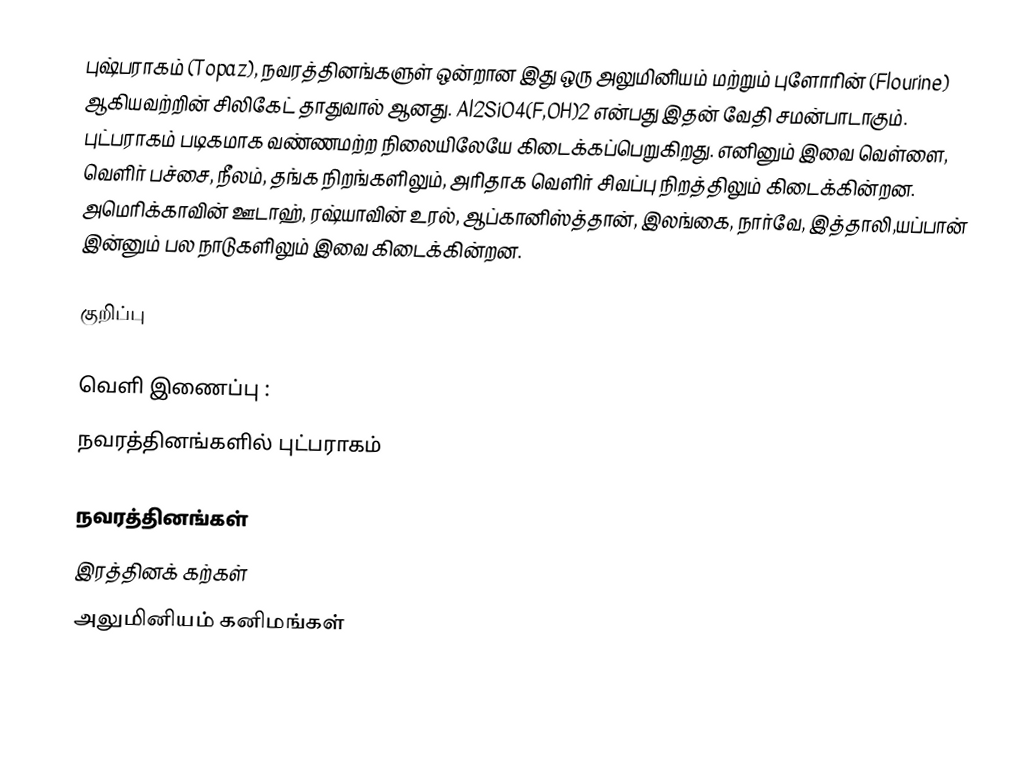
புஷ்பராகம் (Topaz), நவரத்தினங்களுள் ஒன்றான இது ஒரு அலுமினியம் மற்றும் புளோரின் (Flourine) ஆகியவற்றின் சிலிகேட் தாதுவால் ஆனது.  Al2SiO4(F,OH)2 என்பது இதன் வேதி சமன்பாடாகும். புட்பராகம் படிகமாக வண்ணமற்ற நிலையிலேயே கிடைக்கப்பெறுகிறது. எனினும் இவை வெள்ளை, வெளிர் பச்சை, நீலம், தங்க நிறங்களிலும், அரிதாக வெளிர் சிவப்பு நிறத்திலும் கிடைக்கின்றன. அமெரிக்காவின் ஊடாஹ், ரஷ்யாவின் உரல், ஆப்கானிஸ்த்தான், இலங்கை, நார்வே, இத்தாலி,யப்பான் இன்னும் பல நாடுகளிலும் இவை கிடைக்கின்றன.

குறிப்பு

வெளி இணைப்பு :
நவரத்தினங்களில் புட்பராகம்

நவரத்தினங்கள்
இரத்தினக் கற்கள்
அலுமினியம் கனிமங்கள்